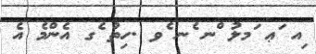
ިއ ަޢ ަމލު ްނ ެނ ެވ .ހިތު ެގ އެންމެ އެ